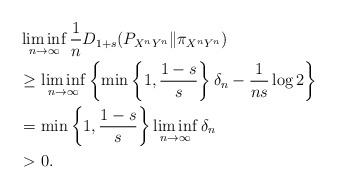
LaTeX: \begin{align*} & \liminf_{n\to\infty}\frac{1}{n}D_{1+s}(P_{X^{n}Y^{n}}\|\pi_{X^{n}Y^{n}}) \\ & \geq\liminf_{n\to\infty}\left\{ \min\left\{ 1,\frac{1-s}{s}\right\} \delta_{n}-\frac{1}{ns}\log2\right\} \\ & =\min\left\{ 1,\frac{1-s}{s}\right\} \liminf_{n\to\infty}\delta_{n}\\ & >0.\end{align*}